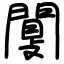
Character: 闅